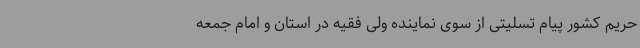
حریم کشور پیام تسلیتی از سوی نماینده ولی فقیه در استان و امام جمعه